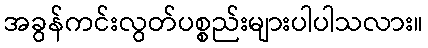
အခွန်ကင်းလွတ်ပစ္စည်းများပါပါသလား။